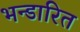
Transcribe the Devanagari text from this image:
भन्‍डारित